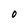
Character: O